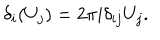
LaTeX: \delta _ { i } ( U _ { j } ) = 2 \pi i \delta _ { i j } U _ { j } .